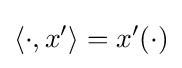
\langle \cdot ,x'\rangle =x'(\cdot )